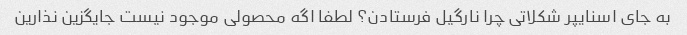
به جای اسنایپر شکلاتی چرا نارگیل فرستادن؟ لطفا اگه محصولی موجود نیست جایگزین نذارین